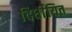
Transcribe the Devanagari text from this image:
दिर्घायित